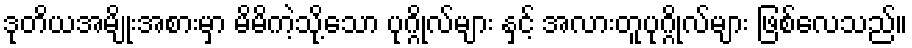
ဒုတိယအမျိုးအစားမှာ မိမိကဲ့သို့သော ပုဂ္ဂိုလ်များ နှင့် အလားတူပုဂ္ဂိုလ်များ ဖြစ်လေသည်။